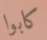
كابوا